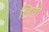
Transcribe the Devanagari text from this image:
व्हिवो